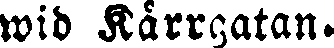
wid Kårrgatan.